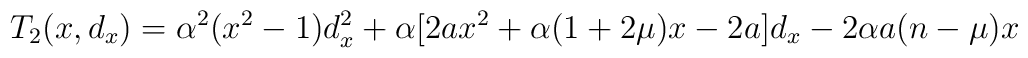
T_2(x,d_x)= \alpha^2 (x^2-1) d_x^2 + \alpha [2ax^2+ \alpha (1+2\mu)x-2a]d_x -2\alpha a(n-\mu)x